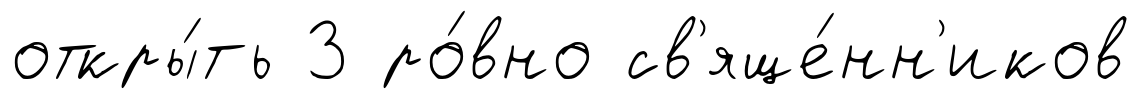
откры́ть 3 ро́вно св'яще́нн'иков